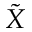
\tilde { X }